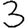
Digit: 3